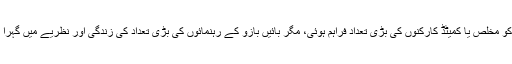
بلاشبہ بائیں بازو کو مخلص یا کمیٹڈ کارکنوں کی بڑی تعداد فراہم ہوئی، مگر بائیں بازو کے رہنمائوں کی بڑی تعداد کی زندگی اور نظریے میں گہرا تضاد پایا جاتا تھا۔